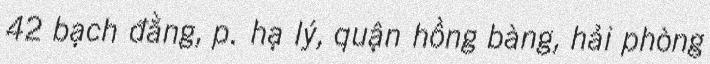
42 bạch đằng, p. hạ lý, quận hồng bàng, hải phòng